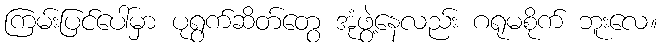
ကြမ်းပြင်ပေါ်မှာ ပုရွက်ဆိတ်တွေ အုံဖွဲ့နေလည်း ဂရုမစိုက် ဘူးလေ။